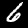
Label: 6